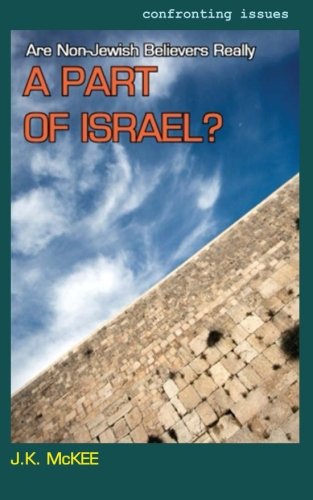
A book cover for Are Non-Jewish Believers Really a Part of Israel?; J.K. McKee; Christian Books & Bibles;